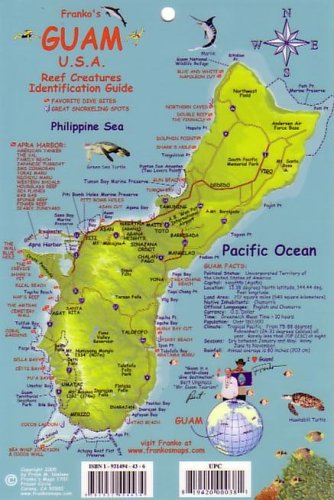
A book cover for Franko's Guam USA Reef Creatures Identification Guide; Frank Nielsen; Travel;